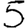
Digit: 5